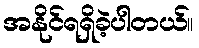
အနိုင်ရရှိခဲ့ပါတယ်။